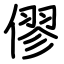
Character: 僇